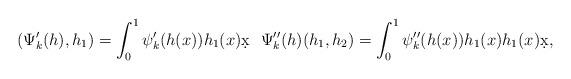
LaTeX: \begin{align*}(\Psi'_k(h),h_1)= \int_{0}^{1}\psi'_k(h(x))h_1(x)\d x \ \ \Psi''_k(h)(h_1,h_2)= \int_{0}^{1}\psi''_k(h(x))h_1(x)h_1(x)\d x, \end{align*}